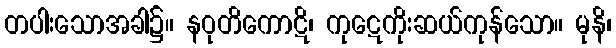
တပါးသောအခါ၌။ နဝုတိကောဋိ၊ ကုဋေကိုးဆယ်ကုန်သော။ မုနိ၊